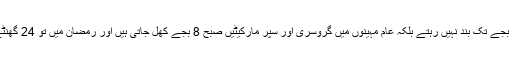
پاکستان کی طرح یہاں بازار 12 بجے تک بند نہیں رہتے بلکہ عام مہینوں میں گروسری اور سپر مارکیٹیں صبح 8 بجے کھل جاتی ہیں اور رمضان میں تو 24 گھنٹے کھلے رکھنے کی روایت ہے۔